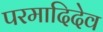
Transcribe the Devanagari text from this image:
परमादिदेव